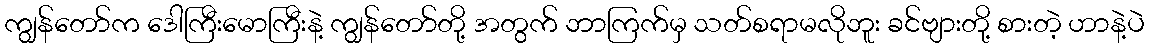
ကျွန်တော်က ဒေါကြီးမောကြီးနဲ့ ကျွန်တော်တို့ အတွက် ဘာကြက်မှ သတ်စရာမလိုဘူး ခင်ဗျားတို့ စားတဲ့ ဟာနဲ့ပဲ